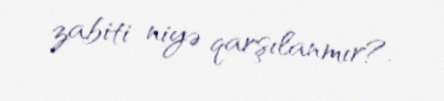
zabiti niyə qarşılanmır?.